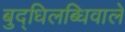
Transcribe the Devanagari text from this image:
बुद्धिलब्धिवाले